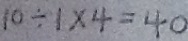
1 0 \div 1 \times 4 = 4 0